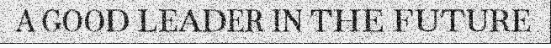
A GOOD LEADER IN THE FUTURE